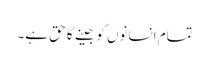
تمام انسانوں کو جینے کا حق ہے۔